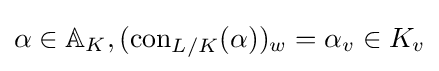
\alpha \in \mathbb {A} _{K},(\operatorname {con} _{L/K}(\alpha ))_{w}=\alpha _{v}\in K_{v}